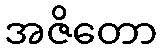
အဇိတော